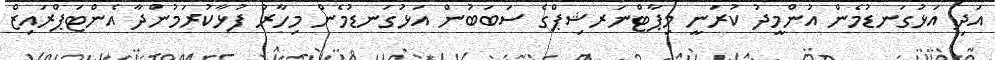
އަދި އަޅުގަނޑުމެން އުންމީދު ކުރަނީ މިޕާޓްނަރޝިޕްގެ ސަބަބުން އަޅުގަނޑުމެން މިހާރު ފުޅާކުރަމުންދާ އެންޓަޕްރައިޒް